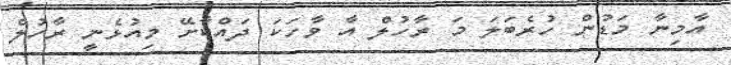
އާމިނާ މަޑުން ހުރެބަލަ މަ ރާހުލް އާ ވާހަކަ ދައްކާށޭ މިއުޅެނީ ރާހުލް